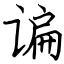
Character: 谝